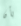
بأن